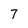
Character: 7